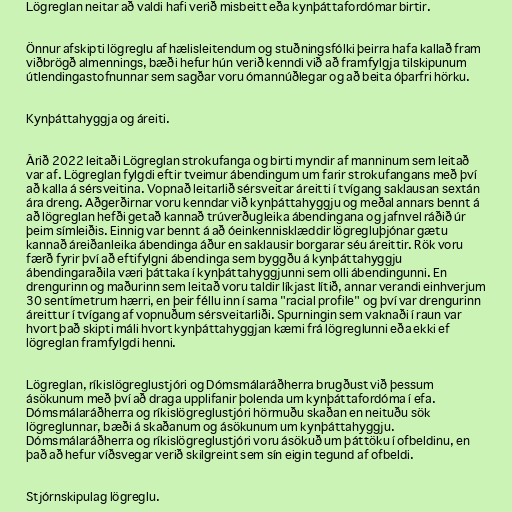
Lögreglan neitar að valdi hafi verið misbeitt eða kynþáttafordómar birtir.

Önnur afskipti lögreglu af hælisleitendum og stuðningsfólki þeirra hafa kallað fram
viðbrögð almennings, bæði hefur hún verið kenndi við að framfylgja tilskipunum
útlendingastofnunnar sem sagðar voru ómannúðlegar og að beita óþarfri hörku.

Kynþáttahyggja og áreiti.

Árið 2022 leitaði Lögreglan strokufanga og birti myndir af manninum sem leitað
var af. Lögreglan fylgdi eftir tveimur ábendingum um farir strokufangans með því
að kalla á sérsveitina. Vopnað leitarlið sérsveitar áreitti í tvígang saklausan sextán
ára dreng. Aðgerðirnar voru kenndar við kynþáttahyggju og meðal annars bennt á
að lögreglan hefði getað kannað trúverðugleika ábendingana og jafnvel ráðið úr
þeim símleiðis. Einnig var bennt á að óeinkennisklæddir lögregluþjónar gætu
kannað áreiðanleika ábendinga áður en saklausir borgarar séu áreittir. Rök voru
færð fyrir því að eftifylgni ábendinga sem byggðu á kynþáttahyggju
ábendingaraðila væri þáttaka í kynþáttahyggjunni sem olli ábendingunni. En
drengurinn og maðurinn sem leitað voru taldir líkjast lítið, annar verandi einhverjum
30 sentímetrum hærri, en þeir féllu inn í sama "racial profile" og því var drengurinn
áreittur í tvígang af vopnuðum sérsveitarliði. Spurningin sem vaknaði í raun var
hvort það skipti máli hvort kynþáttahyggjan kæmi frá lögreglunni eða ekki ef
lögreglan framfylgdi henni.

Lögreglan, ríkislögreglustjóri og Dómsmálaráðherra brugðust við þessum
ásökunum með því að draga upplifanir þolenda um kynþáttafordóma í efa.
Dómsmálaráðherra og ríkislögreglustjóri hörmuðu skaðan en neituðu sök
lögreglunnar, bæði á skaðanum og ásökunum um kynþáttahyggju.
Dómsmálaráðherra og ríkislögreglustjóri voru ásökuð um þáttöku í ofbeldinu, en
það að hefur víðsvegar verið skilgreint sem sín eigin tegund af ofbeldi.

Stjórnskipulag lögreglu.